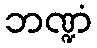
ဘဏ္ဍံ